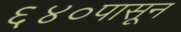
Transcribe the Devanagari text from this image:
६४०पासून